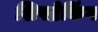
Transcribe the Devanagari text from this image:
शिपब्रेकिंग